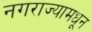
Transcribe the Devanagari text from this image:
नगराज्यामधून